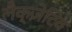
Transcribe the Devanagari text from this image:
लैक्ज़ेटिव